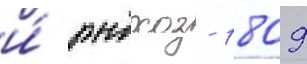
и́ рыбхоз - 1809